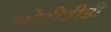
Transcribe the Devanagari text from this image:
ओटीडीडी